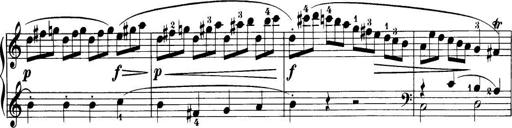
Title: 32 Sonatinas and Rondos for the Piano
Composer: Richard Kleinmichel